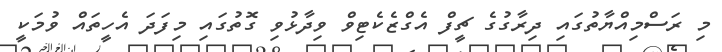
މި ރަސްމިއްޔާތުގައި ދިރާގުގެ ޗީފް އެގްޒެކެޓިވް ވިދާޅުވި ގޮތުގައި މިފަދަ އެހީތައް ވުމަކީ